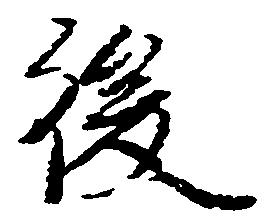
後